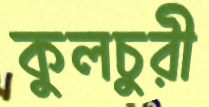
কুলচুরী